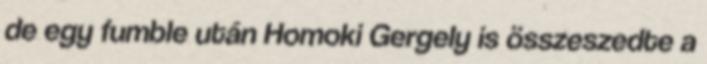
de egy fumble után Homoki Gergely is összeszedte a